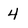
Character: 4